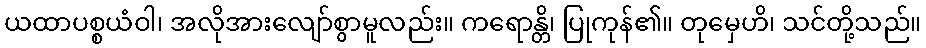
ယထာပစ္စယံဝါ၊ အလိုအားလျော်စွာမူလည်း။ ကရောန္တိ၊ ပြုကုန်၏။ တုမှေဟိ၊ သင်တို့သည်။